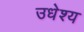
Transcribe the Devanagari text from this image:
उधेश्य